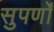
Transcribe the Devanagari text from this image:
सुपर्णों